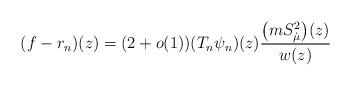
LaTeX: \begin{align*}(f-r_n)(z) = (2+o(1))(T_n\psi_n)(z)\frac{\big(mS_{\dot\mu}^2\big)(z)}{w(z)}\end{align*}